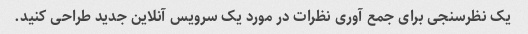
یک نظرسنجی برای جمع آوری نظرات در مورد یک سرویس آنلاین جدید طراحی کنید.